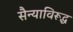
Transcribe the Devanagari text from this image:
सैन्याविरूद्ध